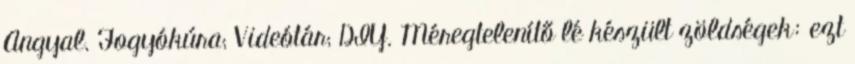
Angyal. Fogyókúra; Videótár; DIY. Méregtelenítő lé készült zöldségek: ezt